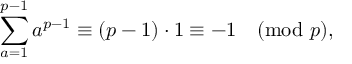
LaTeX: \sum _ { a = 1 } ^ { p - 1 } a ^ { p - 1 } \equiv ( p - 1 ) \cdot 1 \equiv - 1 { \pmod { p } } ,